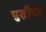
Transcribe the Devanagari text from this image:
घुशींवर